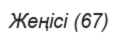
Жеңісі (67)